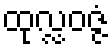
ထုလ္လဝဇ္ဇံ